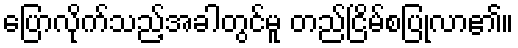
ပြောလိုက်သည့်အခါတွင်မူ တည်ငြိမ်စပြုလာ၏။